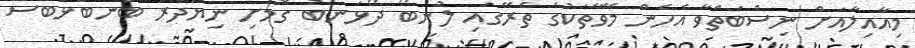
މިއާއިލާއަށް ނިސްބަތްވާ އެހެން މޭވާތަކުގެ ތެރޭގައި ލުނބޯ ދޯޅަނބު ގޮމަށި ނިޔަދުރު ބަނބުޅަބޮސް